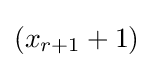
(x_{r+1}+1)